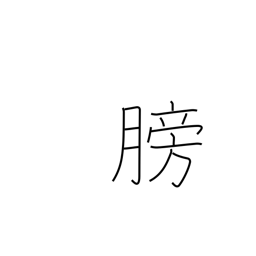
Meaning: bladder